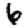
Digit: 6